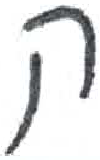
אות: ק